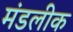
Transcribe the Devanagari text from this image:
मंडलीक